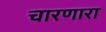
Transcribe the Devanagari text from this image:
चारणारा